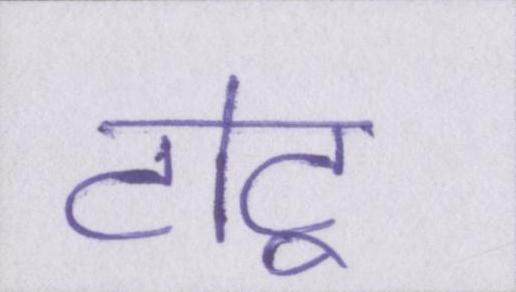
टोटू